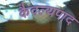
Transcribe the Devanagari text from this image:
कैवल्यपाद